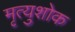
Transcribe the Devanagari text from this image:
मृत्युशोक